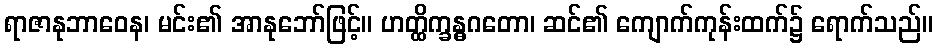
ရာဇာနုဘာဝေန၊ မင်း၏ အာနုဘော်ဖြင့်။ ဟတ္ထိက္ခန္ဓဂတော၊ ဆင်၏ ကျောက်ကုန်းထက်၌ ရောက်သည်။